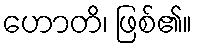
ဟောတိ၊ ဖြစ်၏။